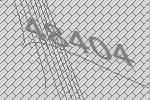
48404